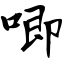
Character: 唧